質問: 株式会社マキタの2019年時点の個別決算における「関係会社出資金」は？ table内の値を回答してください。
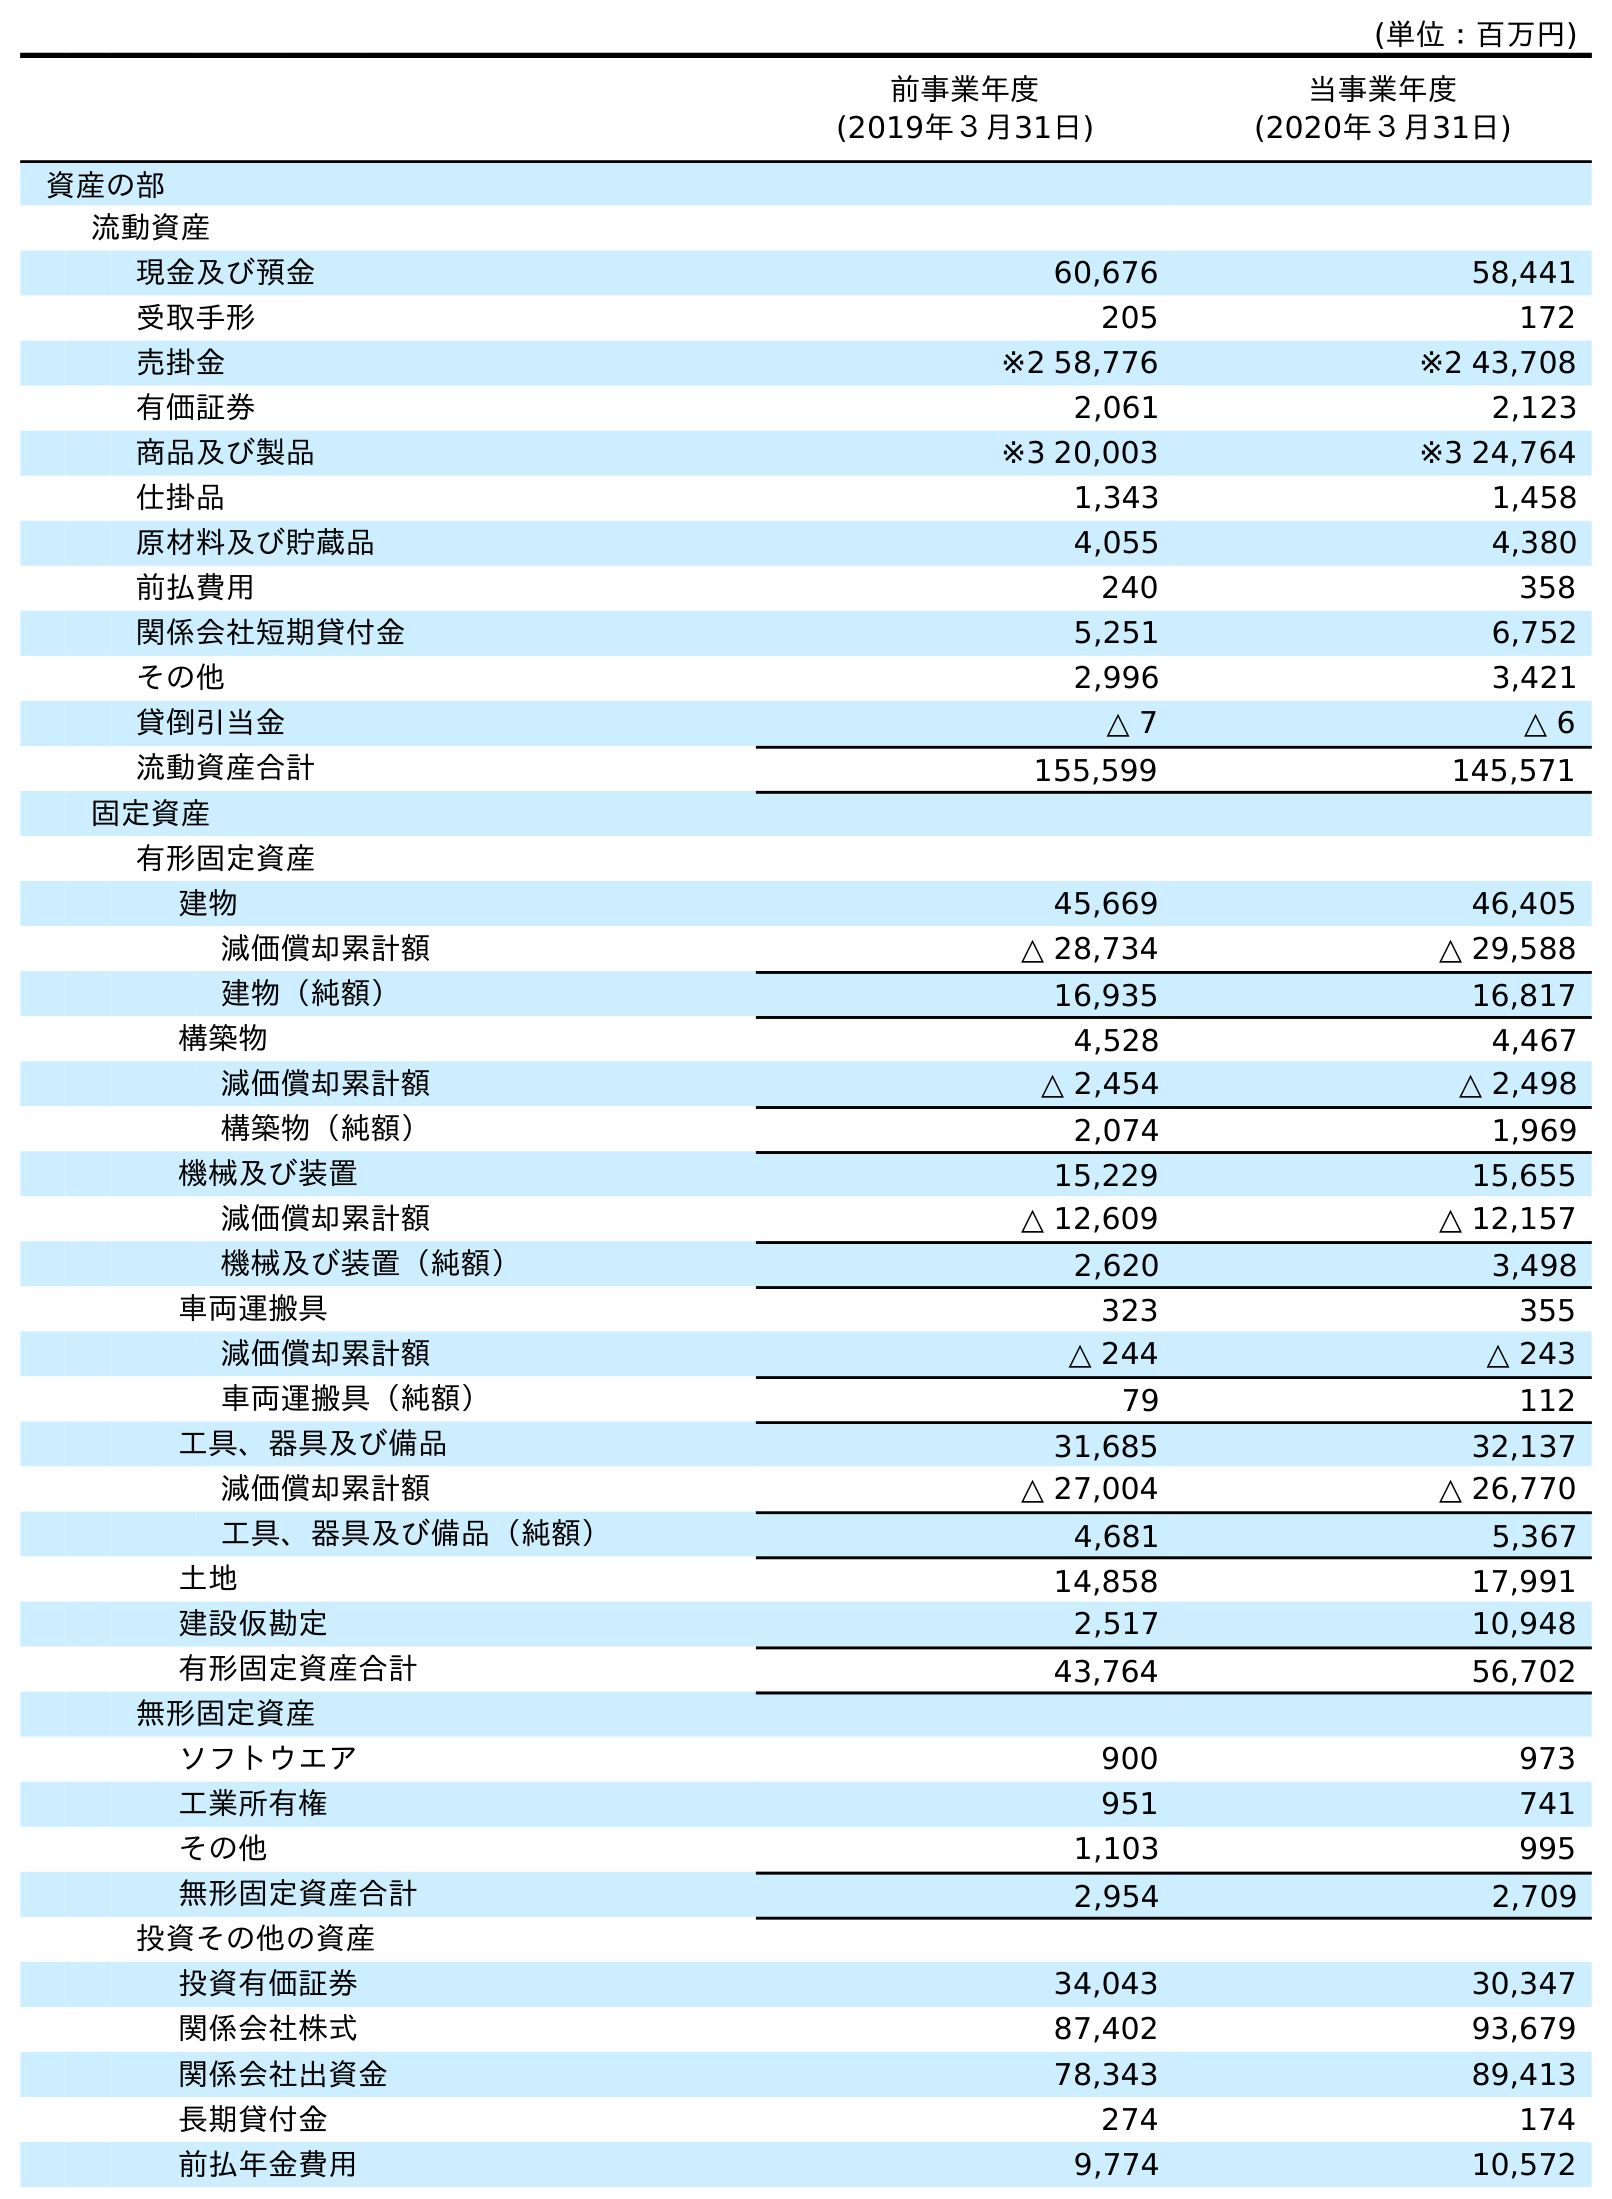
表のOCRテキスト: (単位：百万円) 前事業年度 (2019年３月31日) 当事業年度 (2020年３月31日) 資産の部 流動資産 現金及び預金 60,676 58,441 受取手形 205 172 売掛金 ※2 58,776 ※2 43,708 有価証券 2,061 2,123 商品及び製品 ※3 20,003 ※3 24,764 仕掛品 1,343 1,458 原材料及び貯蔵品 4,055 4,380 前払費用 240 358 関係会社短期貸付金 5,251 6,752 その他 2,996 3,421 貸倒引当金 △ 7 △ 6 流動資産合計 155,599 145,571 固定資産 有形固定資産 建物 45,669 46,405 減価償却累計額 △ 28,734 △ 29,588 建物（純額） 16,935 16,817 構築物 4,528 4,467 減価償却累計額 △ 2,454 △ 2,498 構築物（純額） 2,074 1,969 機械及び装置 15,229 15,655 減価償却累計額 △ 12,609 △ 12,157 機械及び装置（純額） 2,620 3,498 車両運搬具 323 355 減価償却累計額 △ 244 △ 243 車両運搬具（純額） 79 112 工具、器具及び備品 31,685 32,137 減価償却累計額 △ 27,004 △ 26,770 工具、器具及び備品（純額） 4,681 5,367 土地 14,858 17,991 建設仮勘定 2,517 10,948 有形固定資産合計 43,764 56,702 無形固定資産 ソフトウエア 900 973 工業所有権 951 741 その他 1,103 995 無形固定資産合計 2,954 2,709 投資その他の資産 投資有価証券 34,043 30,347 関係会社株式 87,402 93,679 関係会社出資金 78,343 89,413 長期貸付金 274 174 前払年金費用 9,774 10,572
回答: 78,343